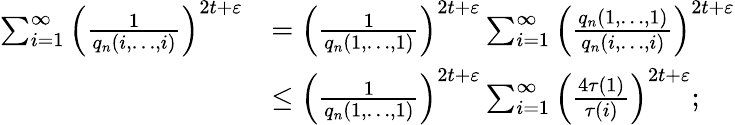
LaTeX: \begin{array}{rl}{\sum_{i=1}^{\infty}\Big(\frac{1}{q_{n}(i,\ldots,i)}\Big)^{2t+\varepsilon}}&{=\Big(\frac{1}{q_{n}(1,\ldots,1)}\Big)^{2t+\varepsilon}\sum_{i=1}^{\infty}\Big(\frac{q_{n}(1,\ldots,1)}{q_{n}(i,\ldots,i)}\Big)^{2t+\varepsilon}}\\ &{\le\Big(\frac{1}{q_{n}(1,\ldots,1)}\Big)^{2t+\varepsilon}\sum_{i=1}^{\infty}\Big(\frac{4\tau(1)}{\tau(i)}\Big)^{2t+\varepsilon};}\end{array}